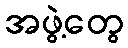
အဖွဲ့တွေ